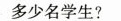
多少名学生?